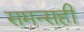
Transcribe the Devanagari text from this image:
समन्सही